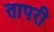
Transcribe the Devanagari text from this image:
तापरी